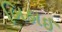
બિહાઈ